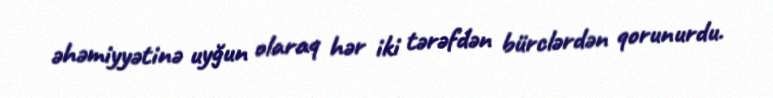
əhəmiyyətinə uyğun olaraq hər iki tərəfdən bürclərdən qorunurdu.